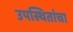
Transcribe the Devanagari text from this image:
उपस्थितांचा